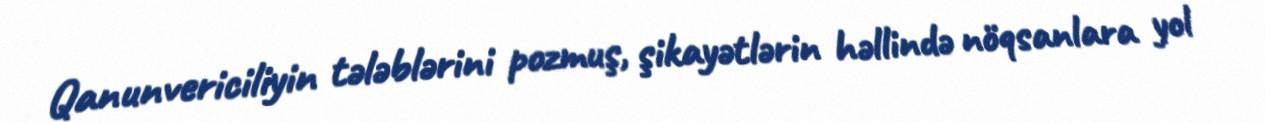
Qanunvericiliyin tələblərini pozmuş, şikayətlərin həllində nöqsanlara yol